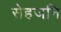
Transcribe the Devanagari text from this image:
सेहजनि